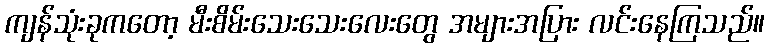
ကျန်သုံးခုကတော့ မီးစိမ်းသေးသေးလေးတွေ အများအပြား လင်းနေကြသည်။